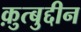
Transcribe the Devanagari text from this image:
क़ुत्बुद्दीन